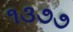
૧૩૭૭